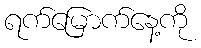
ရက်မြောက်နေ့ကို